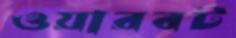
ওয়ারবট